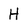
Character: H